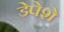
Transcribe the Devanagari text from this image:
डेपेशे